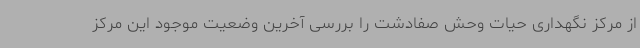
از مرکز نگهداری حیات وحش صفادشت را بررسی آخرین وضعیت موجود این مرکز